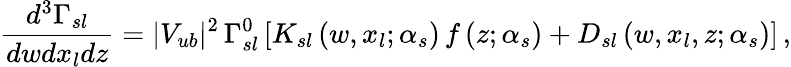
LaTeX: \frac{d^{3}\Gamma_{sl}}{dwdx_{l}dz}=|V_{ub}|^{2}\, \Gamma_{sl}^{0}\left[K_{sl}\left(w,x_{l};\alpha_{s}\right)\, f\left(z;\alpha_{s}\right)+D_{sl}\left(w,x_{l},z;\alpha_{s}\right)\right]\, ,